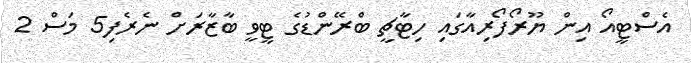
އެސްޓީއޯ އިން ޔޫރޯފޯރިއާގައި ހިޓާޗީ ބްރޭންޑުގެ ޓީވީ ބާޒާރަށް ނެރެފި5 މަސް 2